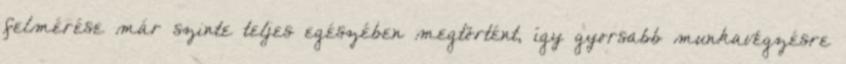
felmérése már szinte teljes egészében megtörtént, így gyorsabb munkavégzésre